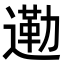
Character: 𮞿